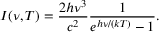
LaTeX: I ( \nu , T ) = { \frac { 2 h \nu ^ { 3 } } { c ^ { 2 } } } { \frac { 1 } { e ^ { h \nu / ( k T ) } - 1 } } .